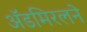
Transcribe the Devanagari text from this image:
ॲडमिरलने